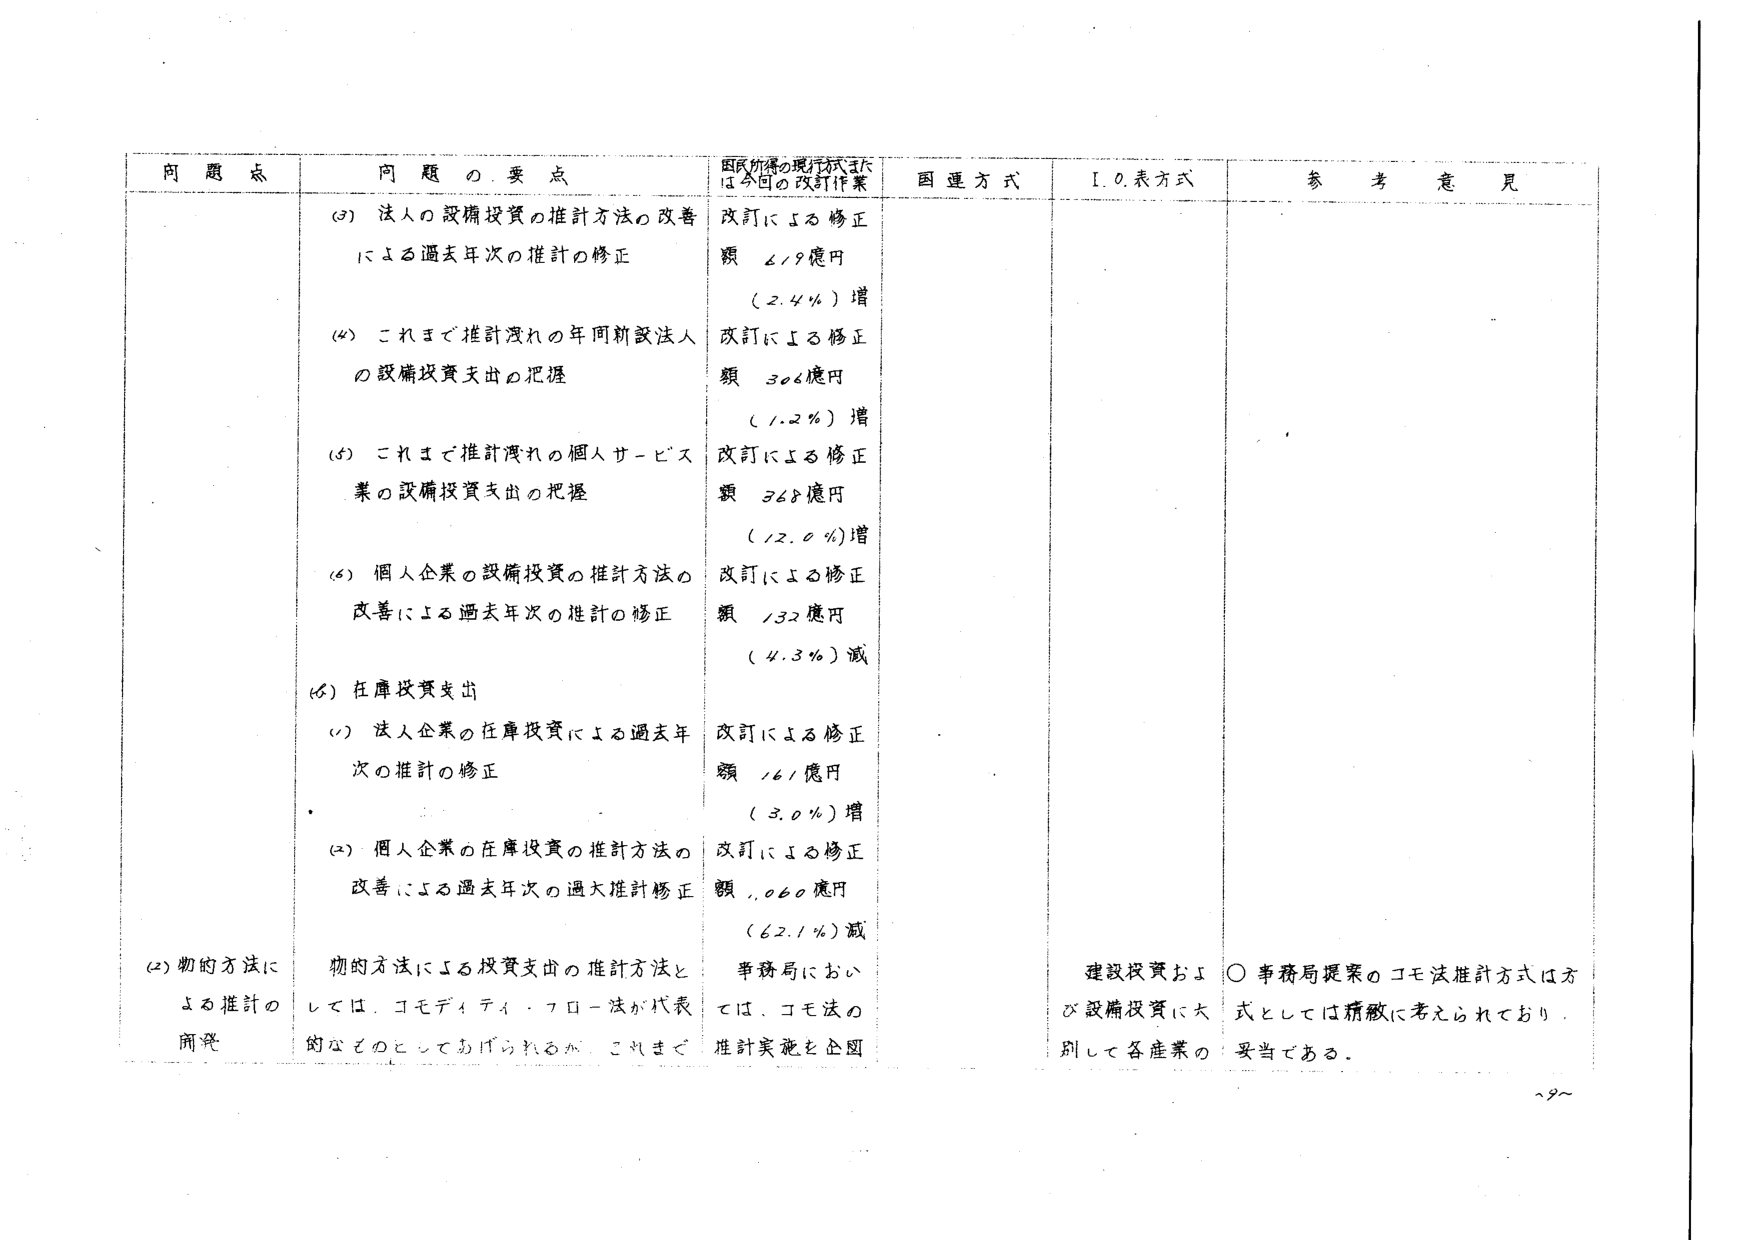
問題点 問題の要点 国民所得の概行方式または今回の改訂作業 国連方式 I.O.表方式 参考意見
(3) 法人の設備投資の推計方法の改善による過去年次の推計の修正 改訂による修正額 619億円 (2.4%)増
(4) これまで推計洩れの年間新設法人の設備投資支出の把握 改訂による修正額 306億円 (1.2%)増
(5) これまで推計洩れの個人サービス業の設備投資支出の把握 改訂による修正額 368億円 (12.0%)増
(6) 個人企業の設備投資の推計方法の改善による過去年次の推計の修正 改訂による修正額 132億円 (4.3%)減
(6) 在庫投資支出
(1) 法人企業の在庫投資による過去年次の推計の修正 改訂による修正額 161億円 (3.0%)増
(2) 個人企業の在庫投資の推計方法の改善による過去年次の過大推計修正 改訂による修正額 1,060億円 (62.1%)減
(2) 物的方法による推計の開発 物的方法による投資支出の推計方法としては、コモディティ・フロー法が代表的なものとしてあげられるが、これまで 事務局においては、コモ法の推計実施を企図 建設投資および設備投資に大別して各産業の ○ 事務局提案のコモ法推計方式は方式としては精緻に考えられており、妥当である。
~9~